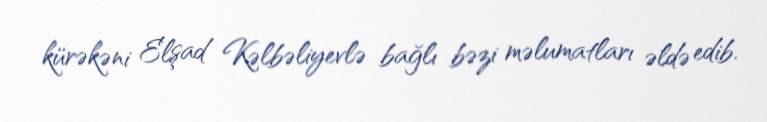
kürəkəni Elşad Kəlbəliyevlə bağlı bəzi məlumatları əldə edib.